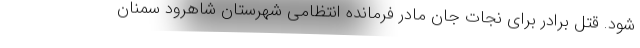
شود. قتل برادر برای نجات جان مادر فرمانده انتظامی شهرستان شاهرود سمنان